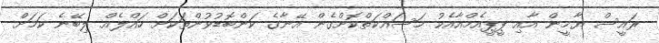
ރައީސް ޔާމީން އާއި ޕީޕީއެމްއާއެކު މަސައްކަތްކޮށްގެން އޭނާގެ ކަންބޮޑުވުންތަކަށް ހައްލެއް ލިބޭނެ ކަމަށް